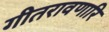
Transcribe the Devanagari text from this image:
गीतरावणारि